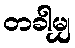
တခါမျှ